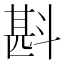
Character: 斟